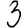
Digit: 3